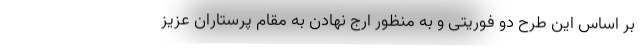
بر اساس این طرح دو فوریتی و به منظور ارج نهادن به مقام پرستاران عزیز